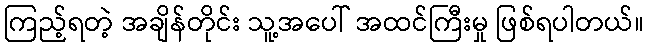
ကြည့်ရတဲ့ အချိန်တိုင်း သူ့အပေါ် အထင်ကြီးမှု ဖြစ်ရပါတယ်။